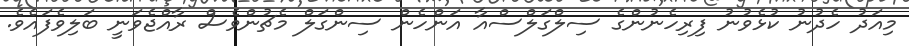
މިއަދު ހެދުނު ކުޅެވުނު ފިރިހެނުންގެ ސިލްގަލްސްއާ އަންހެން ސިންގަލް މެޗުންވެސް ރާއްޖެވަނީ ބަލިވެފައެވެ.